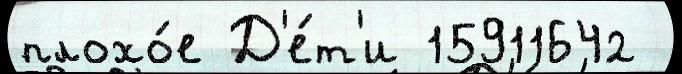
плохо́е Д'е́т'и 15911642